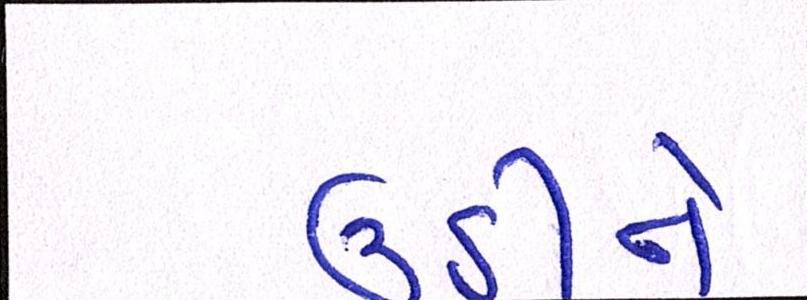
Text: ઉઠીને